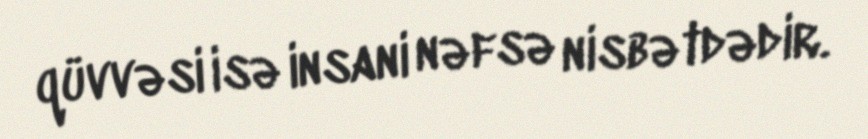
qüvvəsi isə insani nəfsə nisbətdədir.